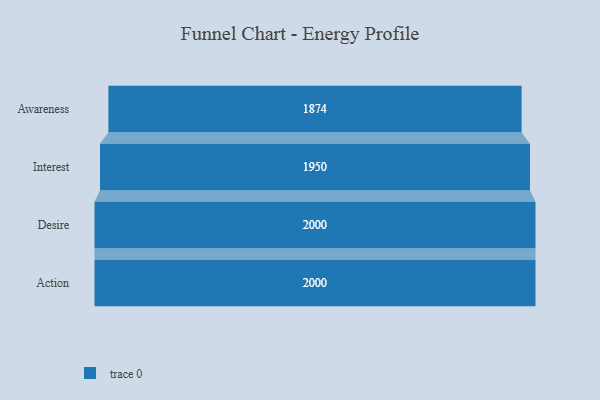
{"axis": {"x": "Stage", "y": "Value"}, "legend": [""], "data": [{"x": "Awareness", "y": 1874.0, "type": ""}, {"x": "Interest", "y": 1950.0, "type": ""}, {"x": "Desire", "y": 2000, "type": ""}, {"x": "Action", "y": 2000, "type": ""}]}